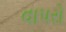
વાપરો